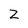
Character: Z